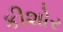
કીશોર